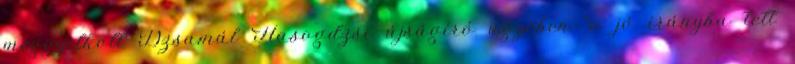
meggyilkolt Dzsamál Hasogdzsi újságíró ügyében "a jó irányba tett